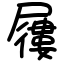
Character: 屨